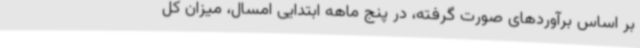
بر اساس برآوردهای صورت گرفته، در پنج ماهه ابتدایی امسال، میزان کل